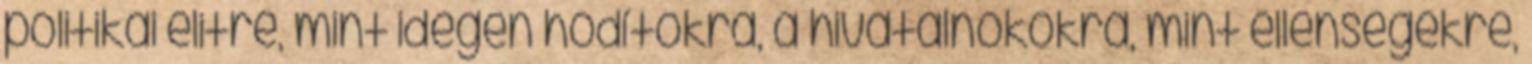
politikai elitre, mint idegen hódítókra, a hivatalnokokra, mint ellenségekre,